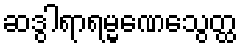
ဆဒွါရာရမ္မဏေသွေတ္ထ